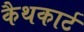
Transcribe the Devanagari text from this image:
कैथकार्ट